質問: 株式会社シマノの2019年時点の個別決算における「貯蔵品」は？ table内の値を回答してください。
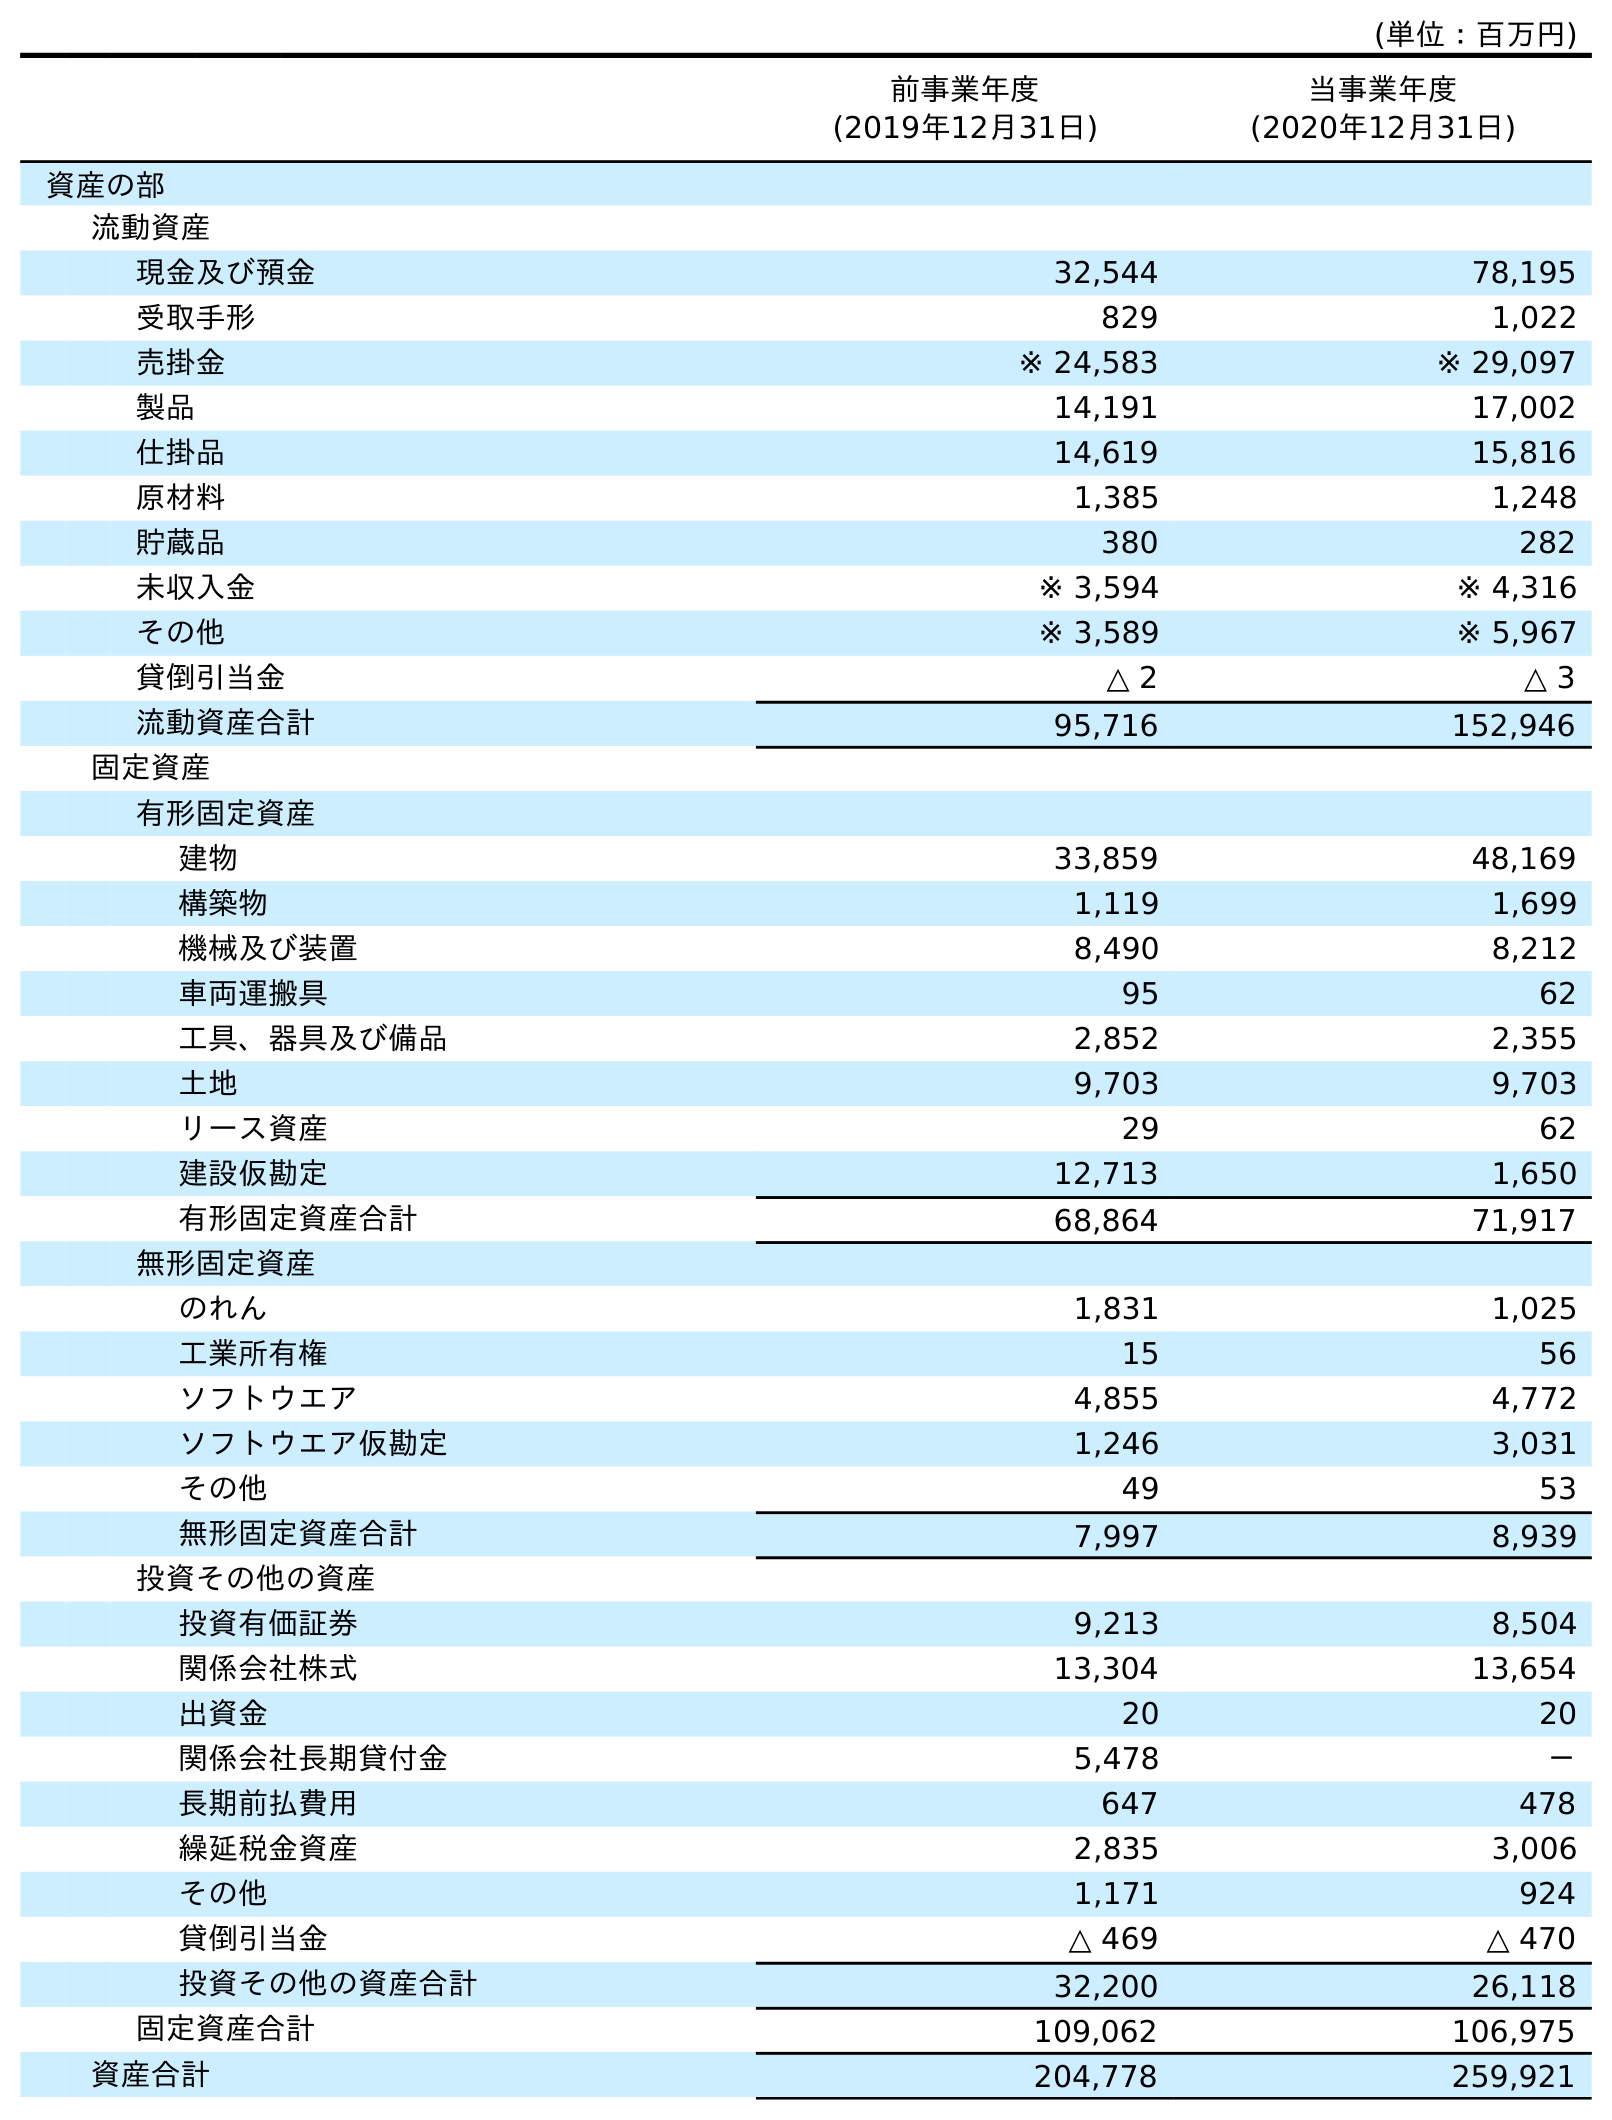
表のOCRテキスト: (単位：百万円) 前事業年度 (2019年12月31日) 当事業年度 (2020年12月31日) 資産の部 流動資産 現金及び預金 32,544 78,195 受取手形 829 1,022 売掛金 ※ 24,583 ※ 29,097 製品 14,191 17,002 仕掛品 14,619 15,816 原材料 1,385 1,248 貯蔵品 380 282 未収入金 ※ 3,594 ※ 4,316 その他 ※ 3,589 ※ 5,967 貸倒引当金 △ 2 △ 3 流動資産合計 95,716 152,946 固定資産 有形固定資産 建物 33,859 48,169 構築物 1,119 1,699 機械及び装置 8,490 8,212 車両運搬具 95 62 工具、器具及び備品 2,852 2,355 土地 9,703 9,703 リース資産 29 62 建設仮勘定 12,713 1,650 有形固定資産合計 68,864 71,917 無形固定資産 のれん 1,831 1,025 工業所有権 15 56 ソフトウエア 4,855 4,772 ソフトウエア仮勘定 1,246 3,031 その他 49 53 無形固定資産合計 7,997 8,939 投資その他の資産 投資有価証券 9,213 8,504 関係会社株式 13,304 13,654 出資金 20 20 関係会社長期貸付金 5,478 － 長期前払費用 647 478 繰延税金資産 2,835 3,006 その他 1,171 924 貸倒引当金 △ 469 △ 470 投資その他の資産合計 32,200 26,118 固定資産合計 109,062 106,975 資産合計 204,778 259,921
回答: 380